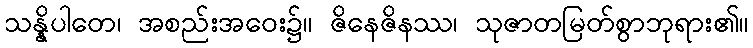
သန္နိပါတေ၊ အစည်းအဝေး၌။ ဇိနေဇိနဿ၊ သုဇာတမြတ်စွာဘုရား၏။